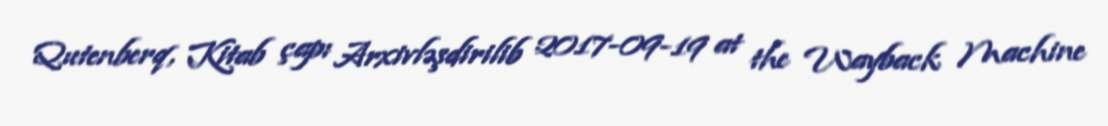
Qutenberq, Kitab çapı Arxivləşdirilib 2017-09-19 at the Wayback Machine